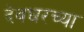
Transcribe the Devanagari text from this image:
देवघरच्या